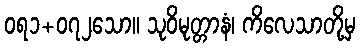
ဝရ၁+၀၇၂သော။ သုဝိမုတ္တာနံ၊ ကိလေသာတို့မှ